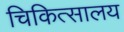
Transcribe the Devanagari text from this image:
चिकित्‍सालय